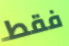
فقط